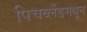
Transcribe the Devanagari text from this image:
पिचब्लेंडमधून